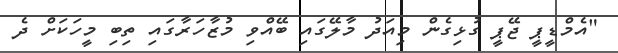
"އެމްޑީޕީ ޖޭޕީ ގުޅިގެން މިއަދު މާލޭގައި ބޭއްވި މުޒާހަރާގައި ތިބި މީހަކަށް ދެ